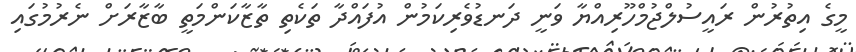
މީގެ އިތުރުން ރައީސުލްޖުމްހޫރިއްޔާ ވަނީ ދަނޑުވެރިކަމުން އުފައްދާ ތަކެތި ތާޒާކަންމަތީ ބާޒާރަށް ނެރުމުގައި